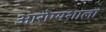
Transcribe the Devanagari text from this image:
आरोग्यशाला